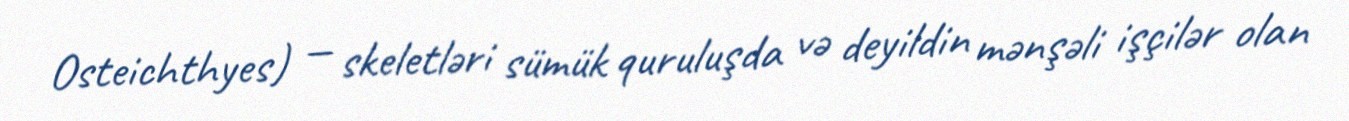
Osteichthyes) — skeletləri sümük quruluşda və deyildin mənşəli işçilər olan